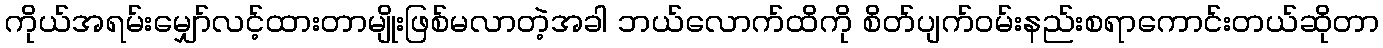
ကိုယ်အရမ်းမျှော်လင့်ထားတာမျိုးဖြစ်မလာတဲ့အခါ ဘယ်လောက်ထိကို စိတ်ပျက်ဝမ်းနည်းစရာကောင်းတယ်ဆိုတာ